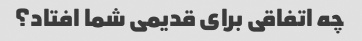
چه اتفاقی برای قدیمی شما افتاد؟